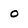
Character: O